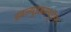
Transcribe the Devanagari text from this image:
डबल्यूडबल्यूऍफ़